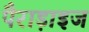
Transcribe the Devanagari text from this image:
पैराड़ाइज